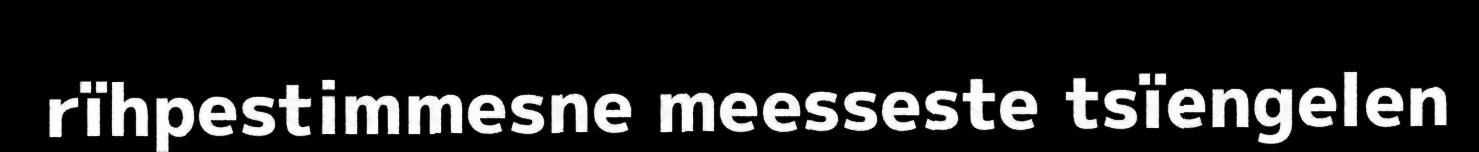
rïhpestimmesne meesseste tsïengelen